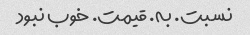
نسبت. به. قیمت. خوب نبود